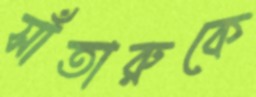
সাঁতারুকে